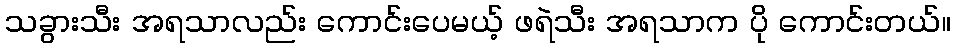
သခွားသီး အရသာလည်း ကောင်းပေမယ့် ဖရဲသီး အရသာက ပို ကောင်းတယ်။